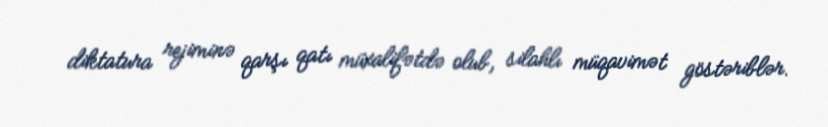
diktatura rejiminə qarşı qatı müxalifətdə olub, silahlı müqavimət göstəriblər.